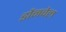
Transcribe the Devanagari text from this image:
डौनवेल